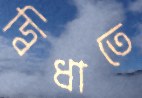
দ্বিধাতে